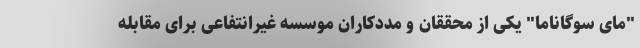
"مای سوگاناما" یکی از محققان و مددکاران موسسه غیرانتفاعی برای مقابله